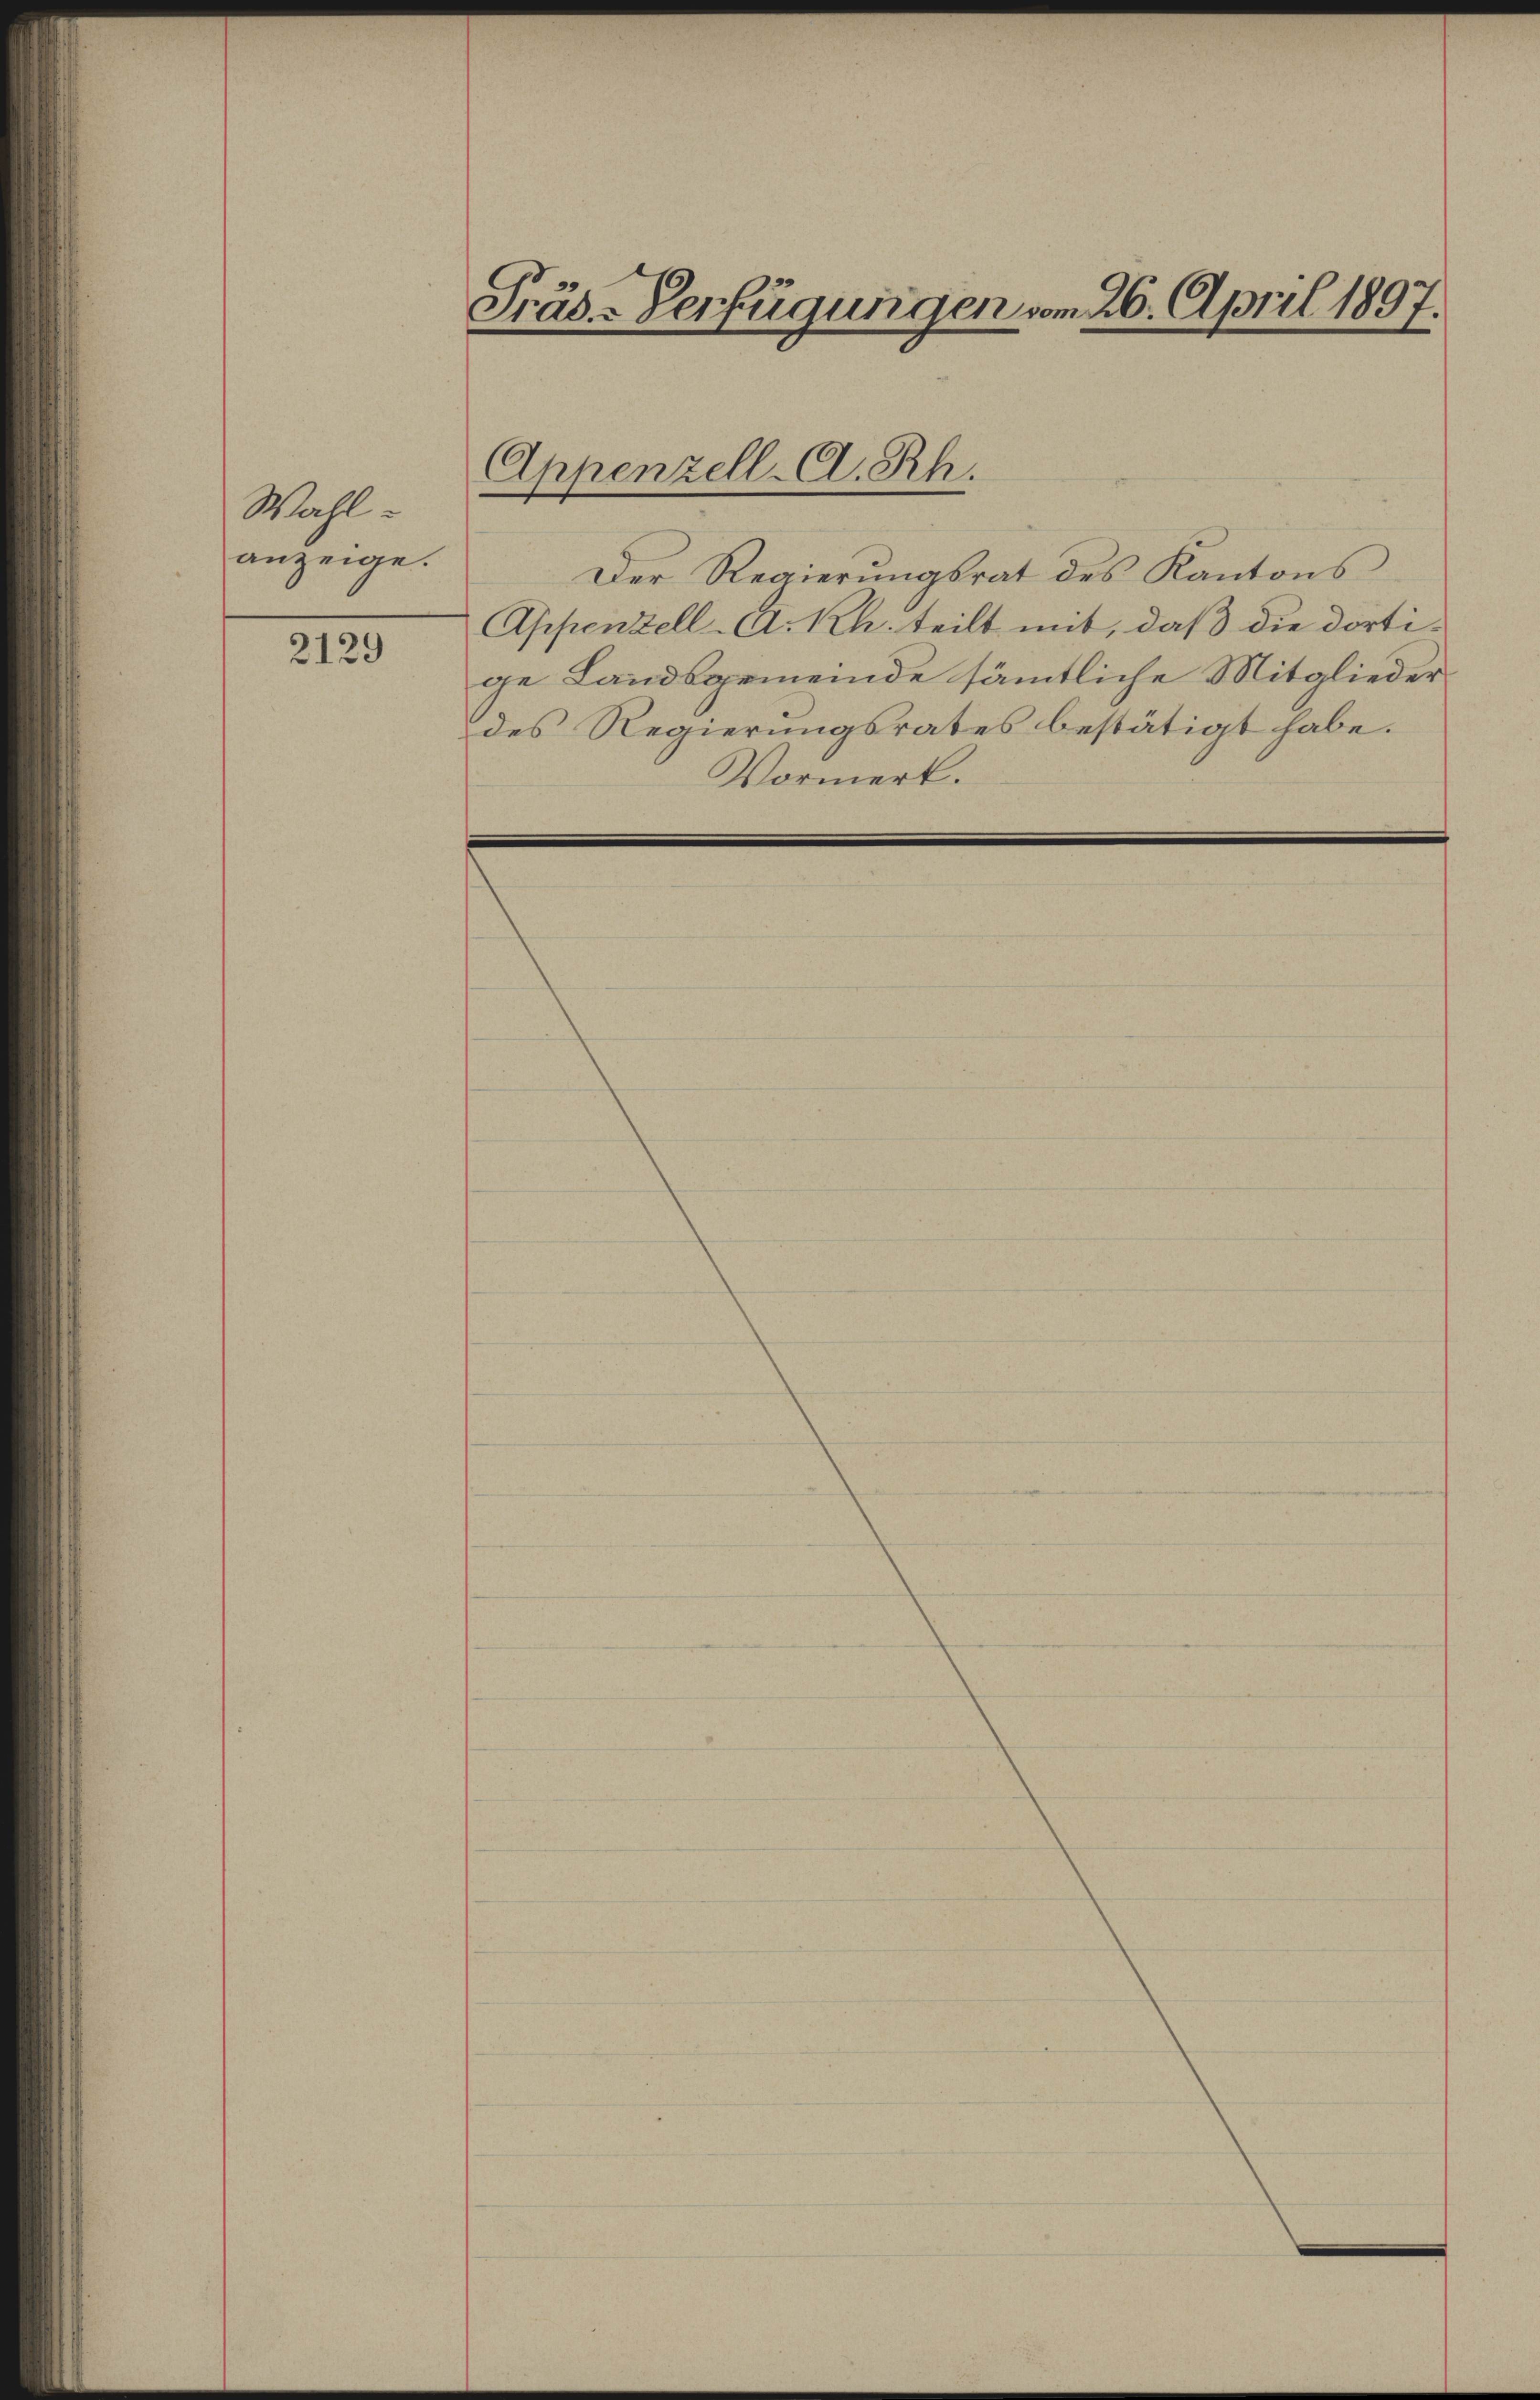
Wahlanzeige.

2129

Präs-Verfügungen vom 26. April 1897

Appenzell A. Rh.

Der Regierŭngsrat des Kantons
Appenzell A. Rh. teilt mit, daß die dortige Landsgemeinde sämmtliche Mitgliederdes Regierungsrates bestätigt habe.
Vormerk.